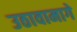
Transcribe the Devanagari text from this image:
उठावामागे